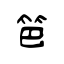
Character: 笆